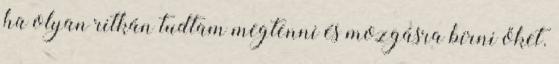
ha olyan ritkán tudtam megtenni és mozgásra bírni őket.